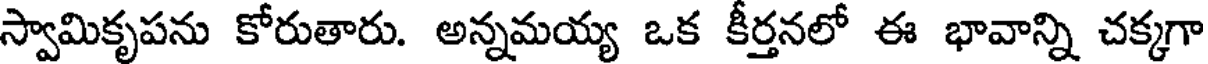
స్వామికృపను కోరుతారు. అన్నమయ్య ఒక కీర్తనలో ఈ భావాన్ని చక్కగా